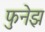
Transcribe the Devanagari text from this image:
फुनेझ